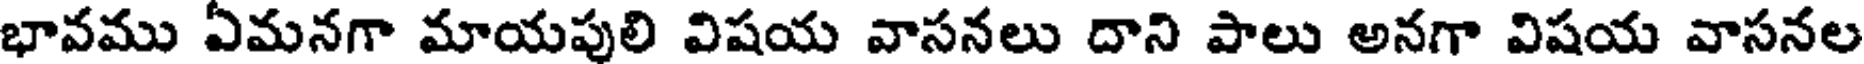
భావము ఏమనగా మాయపులి విషయ వాసనలు దాని పాలు అనగా విషయ వాసనల